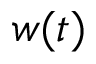
w ( t )